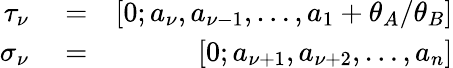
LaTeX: \begin{array}{rlr}{\tau_{\nu}}&{{}=}&{[0;a_{\nu},a_{\nu-1},\ldots,a_{1}+\theta_{A}/\theta_{B}]}\\ {\sigma_{\nu}}&{{}=}&{[0;a_{\nu+1},a_{\nu+2},\ldots,a_{n}]}\end{array}